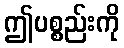
ဤပစ္စည်းကို